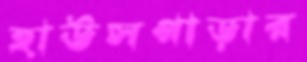
হাউসপাড়ার